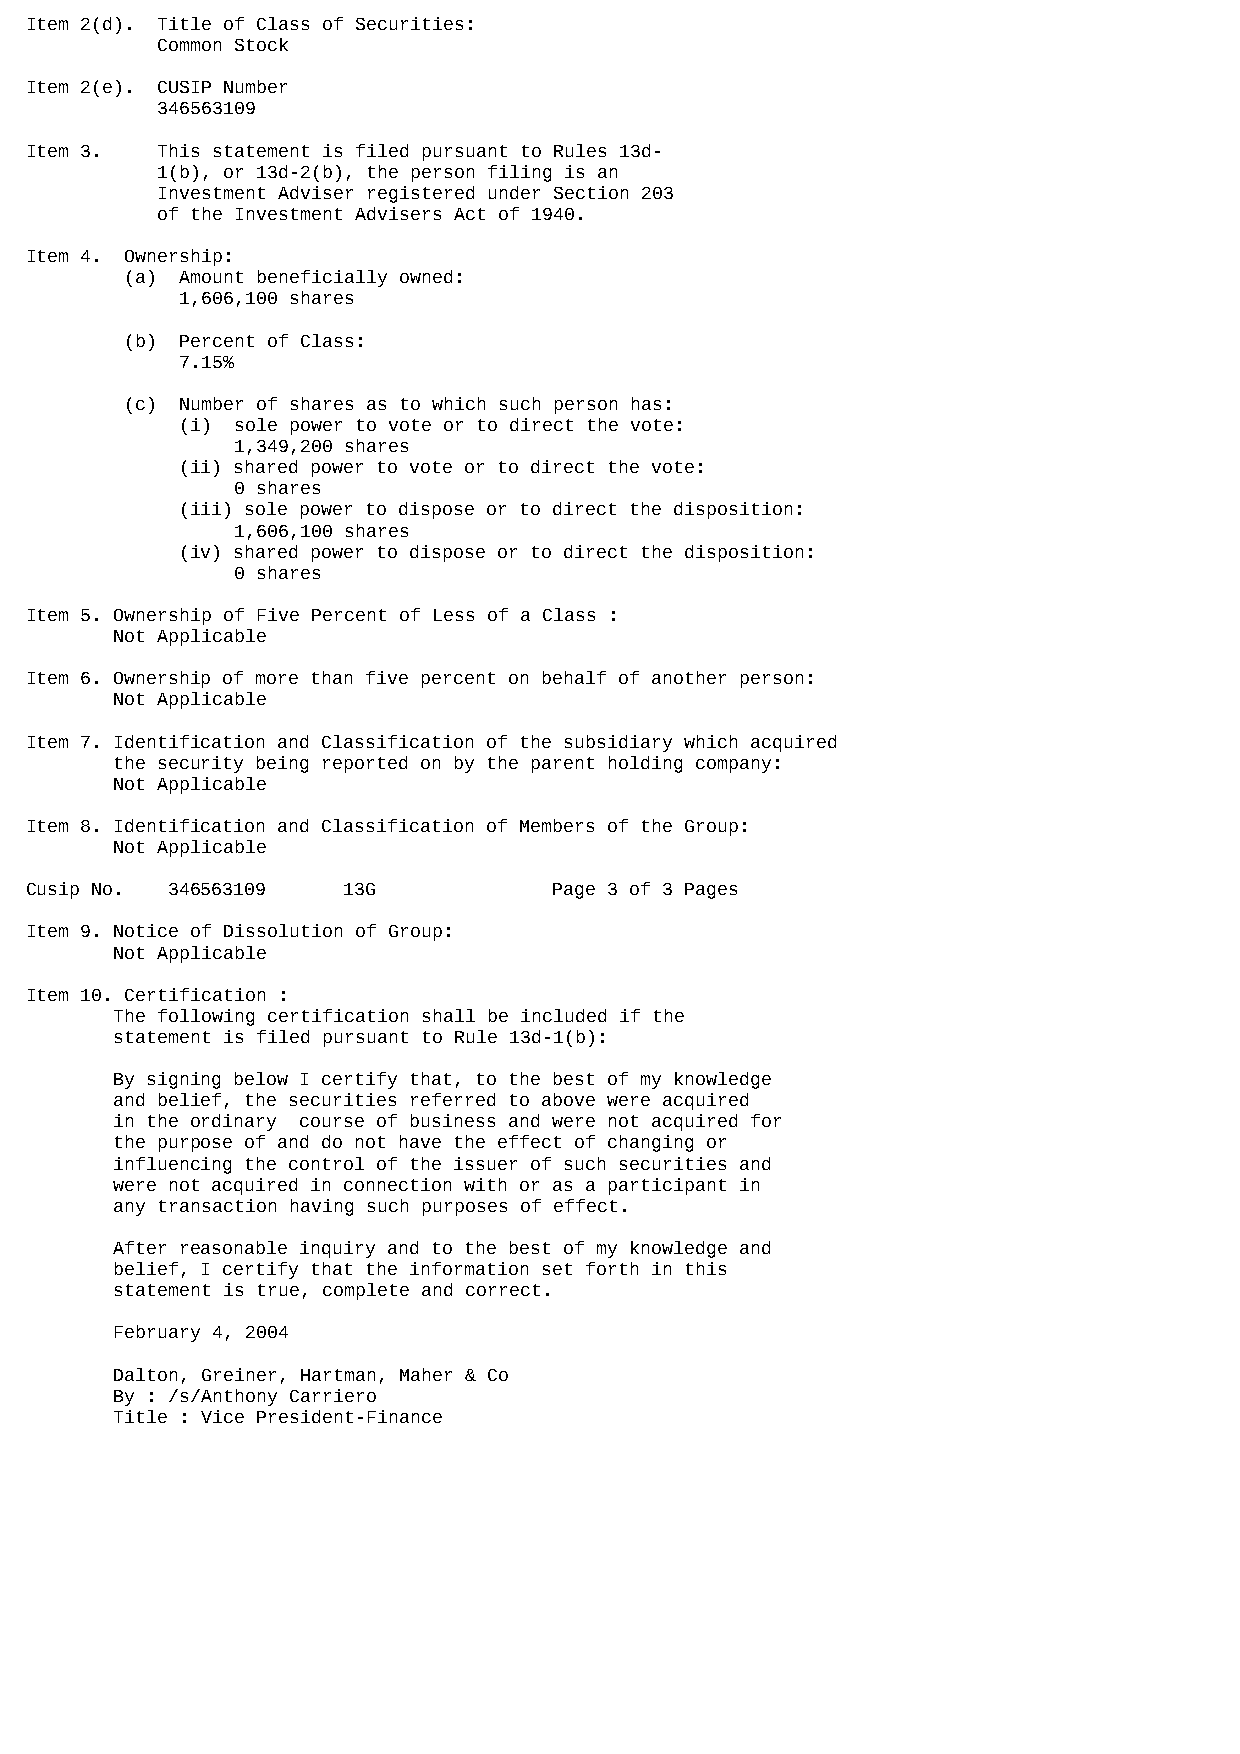
Item 2(d). Title of Class of Securities:
 Common Stock
 Item 2(e). CUSIP Number
 346563109
 Item 3. This statement is filed pursuant to Rules 13d-
 1(b), or 13d-2(b), the person filing is an
 Investment Adviser registered under Section 203
 of the Investment Advisers Act of 1940.
 Item 4. Ownership:
 (a) Amount beneficially owned:
 1,606,100 shares
 (b) Percent of Class:
 7.15%
 (c) Number of shares as to which such person has:
 (i) sole power to vote or to direct the vote:
 1,349,200 shares
 (ii) shared power to vote or to direct the vote:
 0 shares
 (iii) sole power to dispose or to direct the disposition:
 1,606,100 shares
 (iv) shared power to dispose or to direct the disposition:
 0 shares
 Item 5. Ownership of Five Percent of Less of a Class :
 Not Applicable
 Item 6. Ownership of more than five percent on behalf of another person:
 Not Applicable
 Item 7. Identification and Classification of the subsidiary which acquired
 the security being reported on by the parent holding company:
 Not Applicable
 Item 8. Identification and Classification of Members of the Group:
 Not Applicable
 Cusip No. 346563109  13G           Page 3 of 3 Pages
 Item 9. Notice of Dissolution of Group:
 Not Applicable
 Item 10. Certification :
 The following certification shall be included if the
 statement is filed pursuant to Rule 13d-1(b):
 By signing below I certify that, to the best of my knowledge
 and belief, the securities referred to above were acquired
 in the ordinary course of business and were not acquired for
 the purpose of and do not have the effect of changing or
 influencing the control of the issuer of such securities and
 were not acquired in connection with or as a participant in
 any transaction having such purposes of effect.
 After reasonable inquiry and to the best of my knowledge and
 belief, I certify that the information set forth in this
 statement is true, complete and correct.
 February 4, 2004
 Dalton, Greiner, Hartman, Maher & Co
 By : /s/Anthony Carriero
 Title : Vice President-Finance